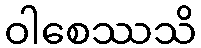
ဝါစေဿသိ